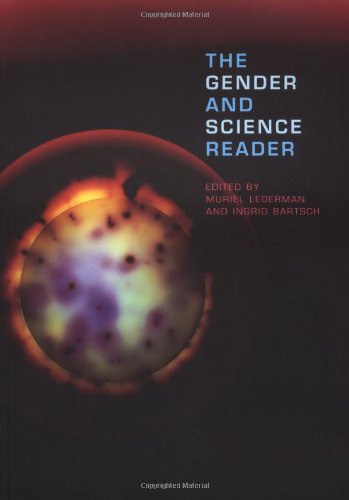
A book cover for The Gender and Science Reader; Gay & Lesbian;